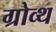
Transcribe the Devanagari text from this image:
ग्रोव्थ